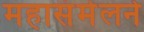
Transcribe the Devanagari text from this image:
महासंमेलने